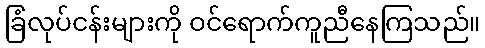
ခြံလုပ်ငန်းများကို ဝင်ရောက်ကူညီနေကြသည်။